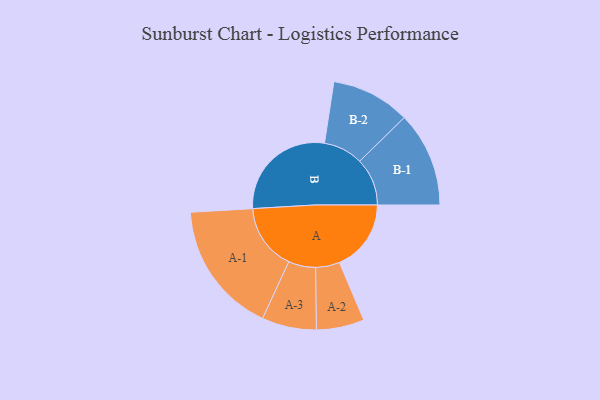
{"axis": {"x": "Segment", "y": "Value"}, "legend": ["", "A", "B"], "data": [{"x": "A", "y": 300, "type": ""}, {"x": "B", "y": 457, "type": ""}, {"x": "A-1", "y": 277, "type": "A"}, {"x": "A-2", "y": 100, "type": "A"}, {"x": "A-3", "y": 114, "type": "A"}, {"x": "B-1", "y": 199, "type": "B"}, {"x": "B-2", "y": 165, "type": "B"}]}